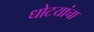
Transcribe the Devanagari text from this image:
धोटयांचा